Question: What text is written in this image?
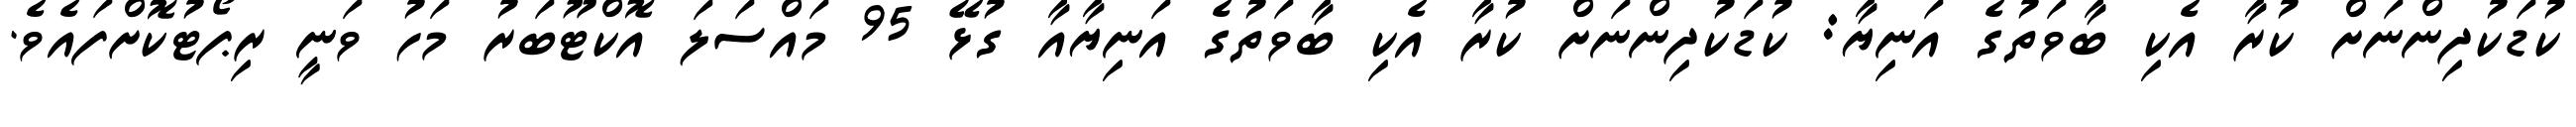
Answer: ކުޑަކުދިންނަށް ކުރާ އެކި ބާވަތުގެ އަނިޔާ: ކުޑަކުދިންނަށް ކުރާ އެކި ބާވަތުގެ އަނިޔާއާ ގުޅޭ 95 މައްސަލަ އޮކްޓޫބަރު މަހު ވަނީ ރިޕޯޓުކޮށްފައެވެ.